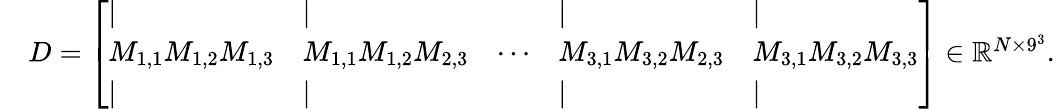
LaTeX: \begin{array}{rl}&{D=\left[\begin{array}{lllll}{|}&{|}&&{|}&{|}\\ {M_{1,1}M_{1,2}M_{1,3}}&{M_{1,1}M_{1,2}M_{2,3}}&{\cdots}&{M_{3,1}M_{3,2}M_{2,3}}&{M_{3,1}M_{3,2}M_{3,3}}\\ {|}&{|}&&{|}&{|}\end{array}\right]\in\mathbb{R}^{N\times 9^{3}}.}\end{array}